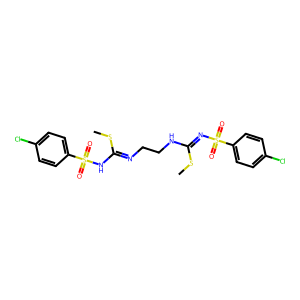
SMILES: CSC(=NS(=O)(=O)c1ccc(Cl)cc1)NCCN=C(NS(=O)(=O)c1ccc(Cl)cc1)SC
Inhibits HIV replication: No